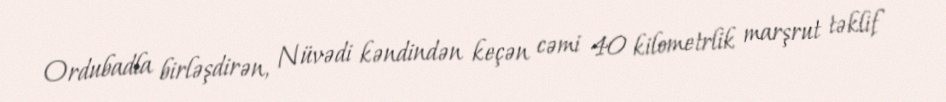
Ordubadla birləşdirən, Nüvədi kəndindən keçən cəmi 40 kilometrlik marşrut təklif